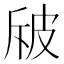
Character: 㿭